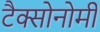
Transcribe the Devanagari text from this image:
टैक्सोनोमी